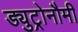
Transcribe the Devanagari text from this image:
ड्युट्रोनौमी